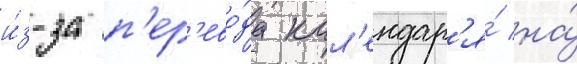
и́з-за п'ер'ево́да кал'ендар'я́ на́